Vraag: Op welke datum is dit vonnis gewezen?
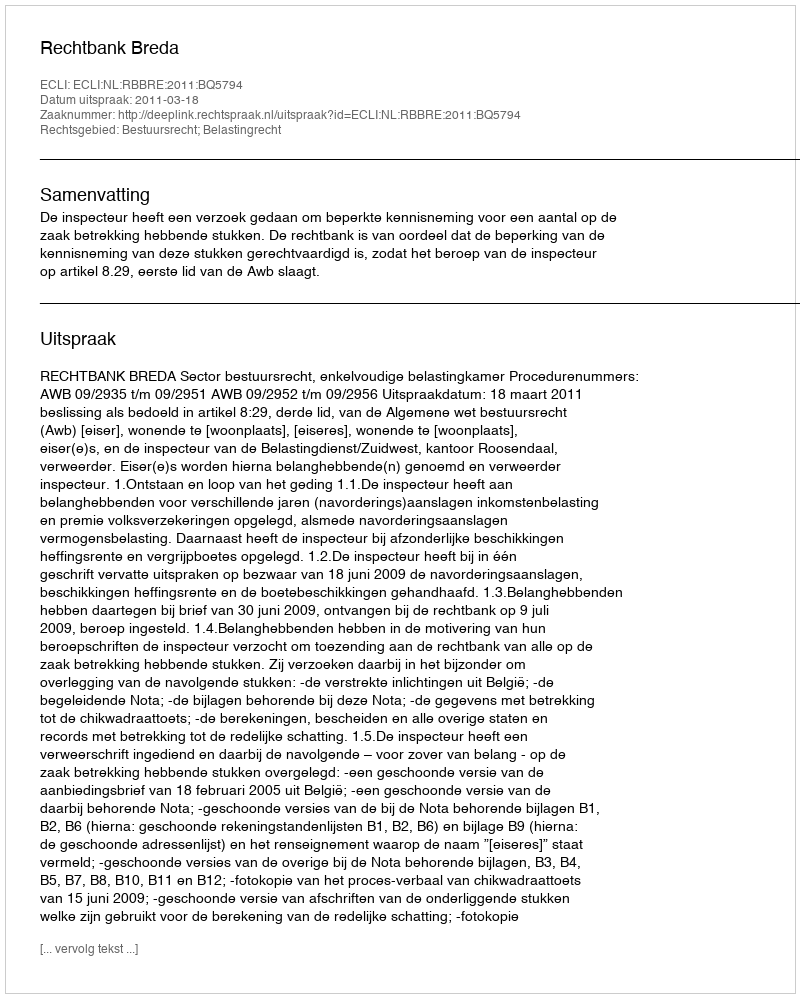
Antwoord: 2011-03-18